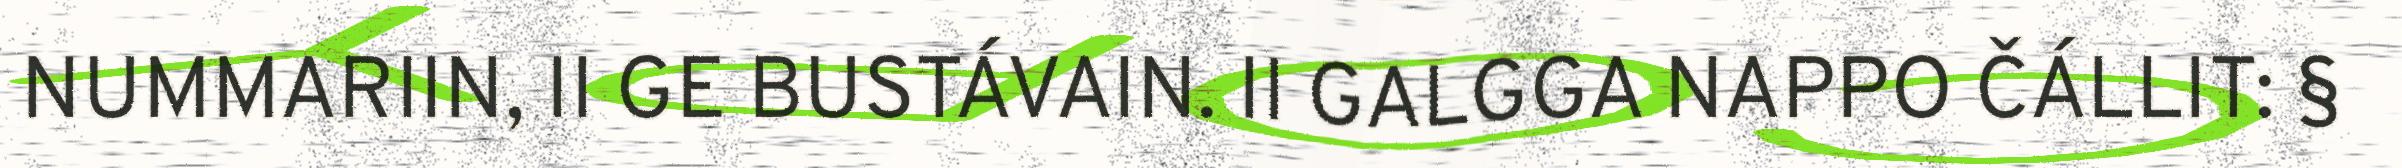
NUMMARIIN, II GE BUSTÁVAIN. II GALGGA NAPPO ČÁLLIT: §